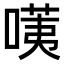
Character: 𠺹